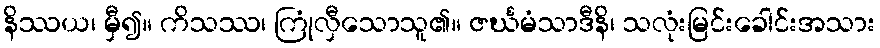
နိဿယ၊ မှီ၍။ ကိသဿ၊ ကြုံလှီသောသူ၏။ ဇင်္ဃမံသာဒီနိ၊ သလုံးမြင်းခေါင်းအသား